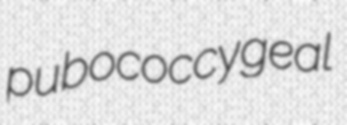
pubococcygeal